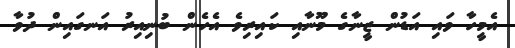
އެމީހާ ވައި އަޑުން ޒީނާގެ މޫނާއި ކައިރިވެ އެހެން ބުނިއިރު އަނގައިން ދުވާ